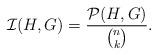
LaTeX: \begin{align*}\mathcal{I}(H,G)=\dfrac{\mathcal{P}(H,G)}{\binom{n}{k}}. \end{align*}